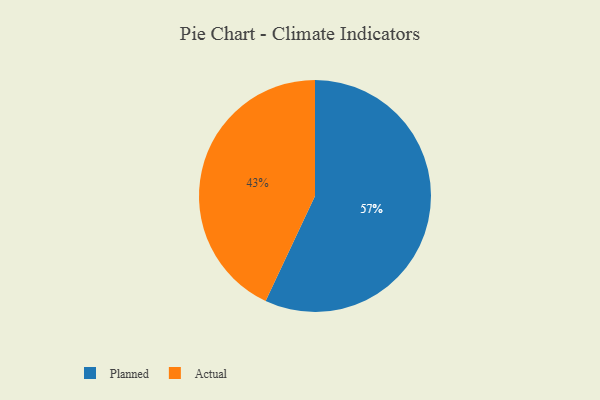
{"axis": {"x": "Category", "y": "Percentage"}, "legend": ["Actual", "Planned"], "data": [{"x": "Actual", "y": 43, "type": "Actual"}, {"x": "Planned", "y": 57, "type": "Planned"}]}